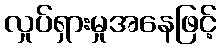
လှုပ်ရှားမှုအနေဖြင့်